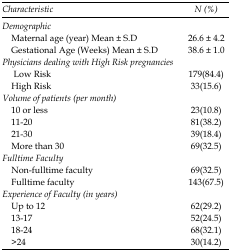
<table><thead><tr><td><b>Characteristic</b></td><td><b>N (%)</b></td></tr></thead><tbody><tr><td><i>Demographic</i></td><td></td></tr><tr><td> Maternal age (year) Mean ± S.D</td><td>26.6 ± 4.2</td></tr><tr><td> Gestational Age (Weeks) Mean ± S.D</td><td>38.6 ± 1.0</td></tr><tr><td colspan="2"><i>Physicians dealing with High Risk pregnancies</i></td></tr><tr><td> Low Risk</td><td>179(84.4)</td></tr><tr><td> High Risk</td><td>33(15.6)</td></tr><tr><td colspan="2"><i>Volume of patients (per month)</i></td></tr><tr><td> 10 or less</td><td>23(10.8)</td></tr><tr><td> 11-20</td><td>81(38.2)</td></tr><tr><td> 21-30</td><td>39(18.4)</td></tr><tr><td> More than 30</td><td>69(32.5)</td></tr><tr><td colspan="2"><i>Fulltime Faculty</i></td></tr><tr><td> Non-fulltime faculty</td><td>69(32.5)</td></tr><tr><td> Fulltime faculty</td><td>143(67.5)</td></tr><tr><td colspan="2"><i>Experience of Faculty (in years)</i></td></tr><tr><td> Up to 12</td><td>62(29.2)</td></tr><tr><td> 13-17</td><td>52(24.5)</td></tr><tr><td> 18-24</td><td>68(32.1)</td></tr><tr><td> &gt;24</td><td>30(14.2)</td></tr></tbody></table>